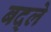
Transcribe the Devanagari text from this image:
बद्ले